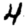
Digit: 4